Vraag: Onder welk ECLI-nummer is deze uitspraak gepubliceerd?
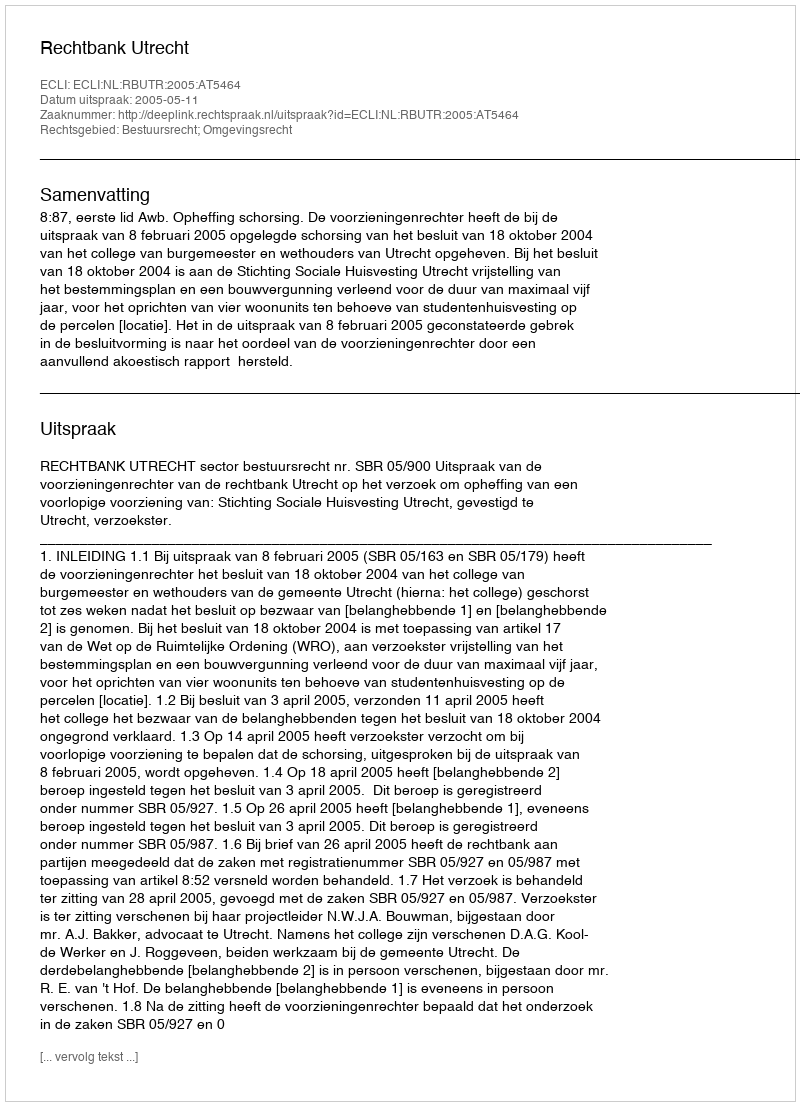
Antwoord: ECLI:NL:RBUTR:2005:AT5464